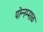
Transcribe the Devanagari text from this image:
पोन्नम्माळ